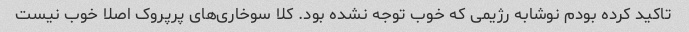
تاکید کرده بودم نوشابه رژیمی که خوب توجه نشده بود. کلا سوخاری‌های پرپروک اصلا خوب نیست